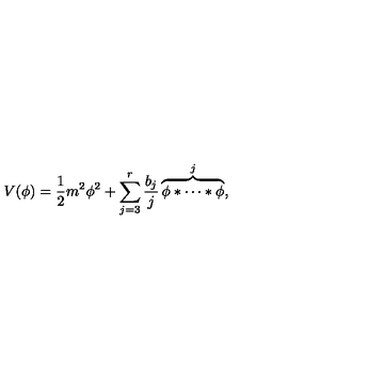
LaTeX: V ( \phi ) = \frac { 1 } { 2 } m ^ { 2 } \phi ^ { 2 } + \sum _ { j = 3 } ^ { r } \frac { b _ { j } } { j } \overbrace { \phi * \cdots * \phi } ^ { j } ,